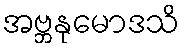
အဗ္ဘနုမောဒသိ